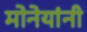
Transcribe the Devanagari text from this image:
मोनेयांनी